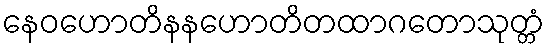
နေဝဟောတိနနဟောတိတထာဂတောသုတ္တံ